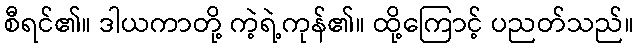
စီရင်၏။ ဒါယကာတို့ ကဲ့ရဲ့ကုန်၏။ ထို့ကြောင့် ပညတ်သည်။